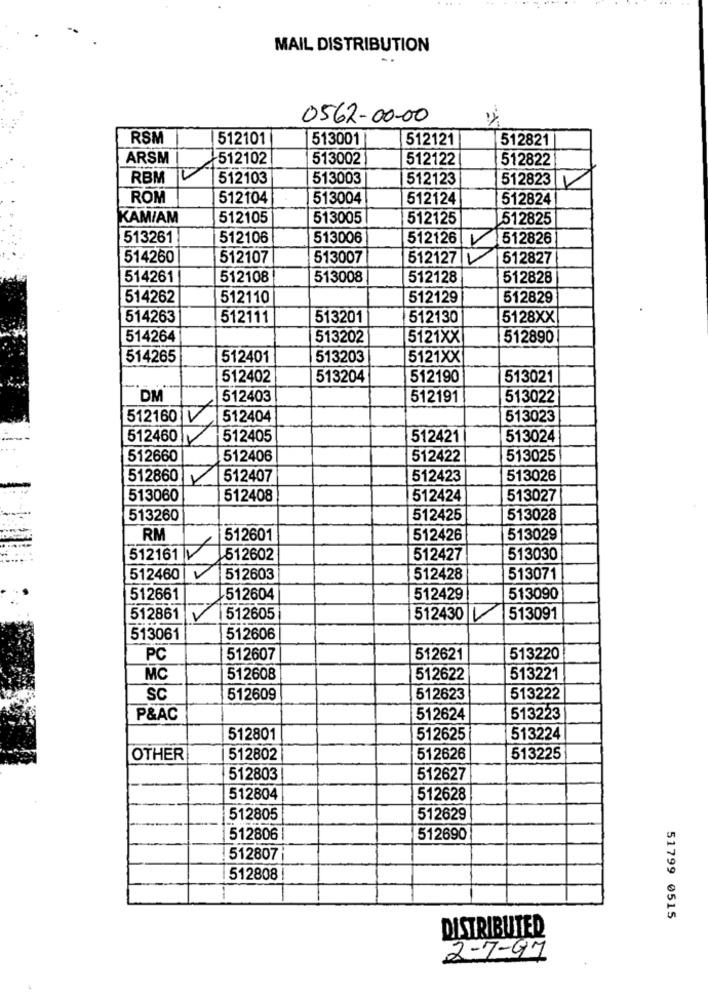
MAIL DISTRIBUTION
0562-00-00
RSM
512101
513001|
512121
512821
ARSM
512102
513002
512122
512822
RBM
512103
513003
512123
512823
ROM
512104
513004
512124
512824
KAM/AM
512105
513005
512125
512825
513261
512106
513006
512126 |V
512826
514260
512107
513007
512127
512827
514261
512108
513008
512128
512828
514262
512110
512129
512829
514263
512111
513201
512130
5128XX
514264
513202
5121XX
512890
514265
512401
513203
5121XX
512402
513204
512190
513021
DM
512403
512191
513022
512160 V
512404
513023
512460
512405
512421
513024
512660
512406
512422
513025
512860
512407
512423
513026
513060
512408
512424
513027
513260
512425
513028
RM
512601
512426
513029
512161 512602
512427
513030
512460
512603
512428
513071
512661
512604
512429
513090
512861
512605
512430
513091
513061
512606
PC
512607
512621
513220
MC
512608
512622
513221
SC
512609
512623
513222
P&AC
512624
513223
512801
512625
513224
OTHER
512802
512626
513225
512803
512627
512804
512628
512805
512629
512806
512690
512807
512808
51799 0515
DISTRIBUTED
2-7-97